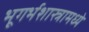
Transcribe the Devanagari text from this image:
भूगर्भशास्त्रामध्ये